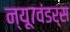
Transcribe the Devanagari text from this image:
न्यू७वंडर्स